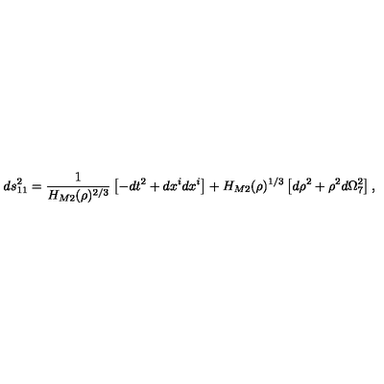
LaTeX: d s _ { 1 1 } ^ { 2 } = \frac { 1 } { H _ { M 2 } ( \rho ) ^ { 2 / 3 } } \left[ - d t ^ { 2 } + d x ^ { i } d x ^ { i } \right] + H _ { M 2 } ( \rho ) ^ { 1 / 3 } \left[ d \rho ^ { 2 } + \rho ^ { 2 } d \Omega _ { 7 } ^ { 2 } \right] ,